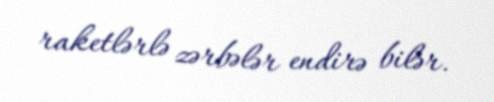
raketlərlə zərbələr endirə bilər.